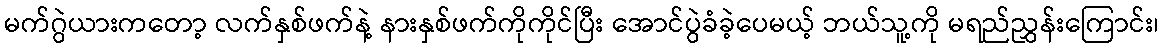
မက်ဂွဲယားကတော့ လက်နှစ်ဖက်နဲ့ နားနှစ်ဖက်ကိုကိုင်ပြီး အောင်ပွဲခံခဲ့ပေမယ့် ဘယ်သူ့ကို မရည်ညွှန်းကြောင်း၊